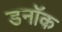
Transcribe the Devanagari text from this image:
डनॉक